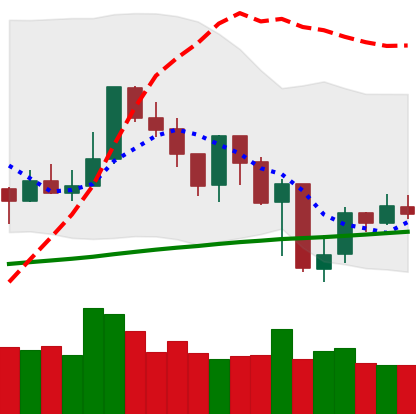
Ticker: XMR-USD
Chart end date: 2019-07-21
Forward return: -4.364%
Label: down_3_5